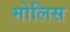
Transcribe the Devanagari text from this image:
मोलिस